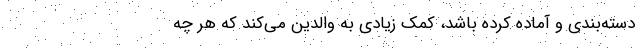
دسته‌بندی و آماده کرده باشد، کمک زیادی به والدین می‌کند که هر چه